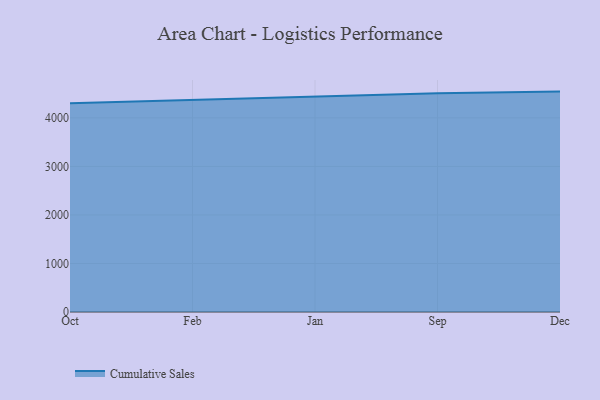
{"axis": {"x": "Month", "y": "Tickets Resolved"}, "legend": ["Cumulative Sales"], "data": [{"x": "Oct", "y": 4302.6, "type": "Cumulative Sales"}, {"x": "Feb", "y": 4370.1, "type": "Cumulative Sales"}, {"x": "Jan", "y": 4436.4, "type": "Cumulative Sales"}, {"x": "Sep", "y": 4507.4, "type": "Cumulative Sales"}, {"x": "Dec", "y": 4542.0, "type": "Cumulative Sales"}]}